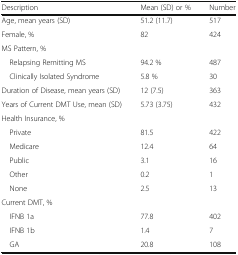
| Description | Mean (SD) or % | Number |
 | --- | --- | --- |
 | Age, mean years (SD) | 51.2 (11.7) | 517 |
 | Female, % | 82 | 424 |
 | MS Pattern, % |  |  |
 | Relapsing Remitting MS | 94.2 % | 487 |
 | Clinically Isolated Syndrome | 5.8 % | 30 |
 | Duration of Disease, mean years (SD) | 12 (7.5) | 363 |
 | Years of Current DMT Use, mean (SD) | 5.73 (3.75) | 432 |
 | Health Insurance, % |  |  |
 | Private | 81.5 | 422 |
 | Medicare | 12.4 | 64 |
 | Public | 3.1 | 16 |
 | Other | 0.2 | 1 |
 | None | 2.5 | 13 |
 | Current DMT, % |  |  |
 | IFNB 1a | 77.8 | 402 |
 | IFNB 1b | 1.4 | 7 |
 | GA | 20.8 | 108 |